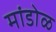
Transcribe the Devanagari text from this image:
मांडोळ